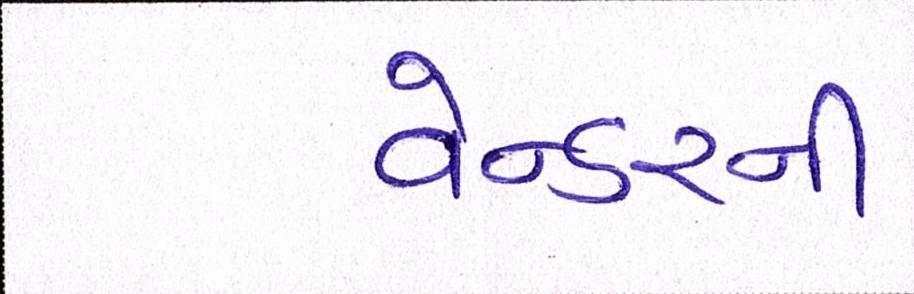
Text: વેન્ડરની